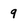
Character: 9